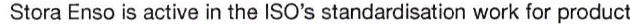
Stora Enso is active in the ISO's standardisation work for product